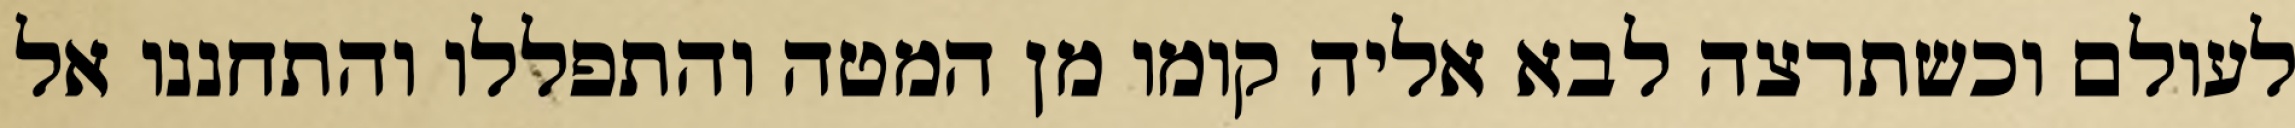
לעולם וכשתרצה לבא אליה קומו מן המטה והתפללו והתחננו אל